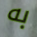
به